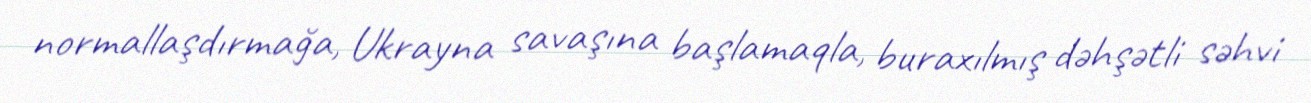
normallaşdırmağa, Ukrayna savaşına başlamaqla, buraxılmış dəhşətli səhvi